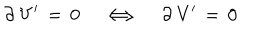
\partial \, { \bf V } ^ { \prime } \, = \, 0 \quad \Longleftrightarrow \quad \partial \, { \bf V } ^ { \prime } \, = \, 0